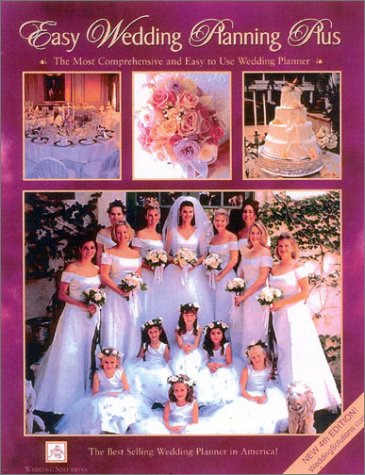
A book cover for Easy Wedding Planning Plus: The Most Comprehensive and Easy To Use Wedding Planner; Elizabeth Lluch; Crafts, Hobbies & Home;